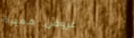
عروض مميزة